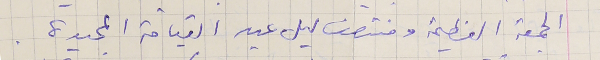
الجمعة العظيمة ومنتصف ليل عيد القيامة المجيدة.